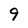
Character: 9